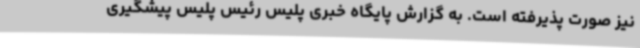
نیز صورت پذیرفته است. به گزارش پایگاه خبری پلیس رئیس پلیس پیشگیری